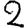
Digit: 2